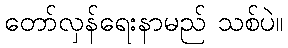
တော်လှန်ရေးနာမည် သစ်ပဲ။